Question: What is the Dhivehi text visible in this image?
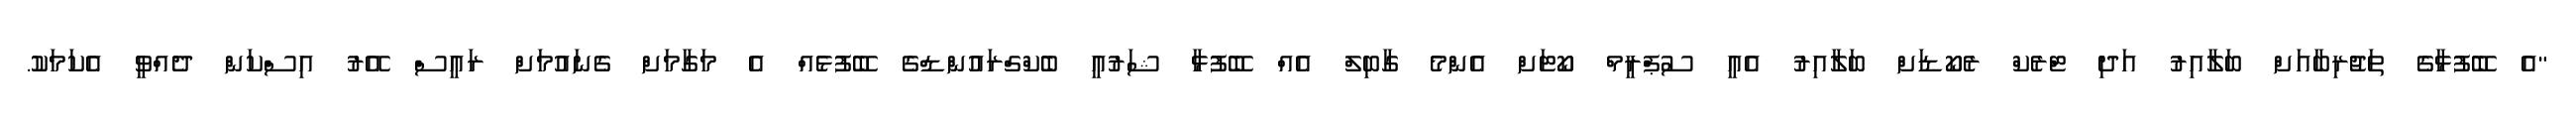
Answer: "އެ ބޭފުޅާގެ ތަޖުރިބާއަށް ބަލާއިރު އަދި ޓްރެކް ރެކޯޑަށް ބަލާއިރު އެއީ ސުޕްރީމް ކޯޓަށް އެންމެ ގާބިލް އެއް ބޭފުޅާ ޝަރުއީ ބެކްގްރައުންޑްގެ ބޭފުޅެއް އެ މަގާމަށް ގެނައުމަށް ރައީސް އޭރު އިސްކަން ދެއްވީ އެކަމަކު.